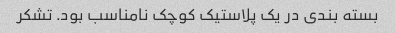
بسته بندی در یک پلاستیک کوچک نامناسب بود. تشکر